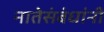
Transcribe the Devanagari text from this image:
नातेसंबंधांनी